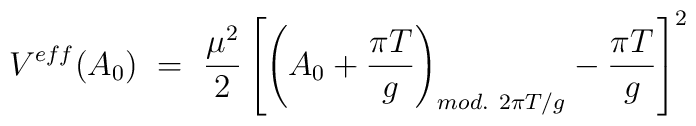
V^{eff}(A_0)\ =\ \frac{\mu^2}{2}\left[\left(A_0 + \frac{\pi T}{g}\right)_{mod.{}~2\pi T/g} - \frac{\pi T}{g}\right]^2